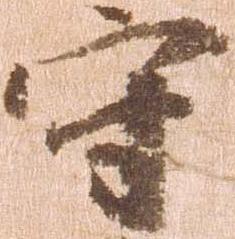
守